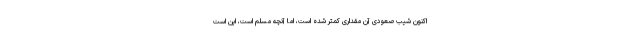
اکنون شیب صعودی آن مقداری کمتر شده است، اما آنچه مسلم است، این است